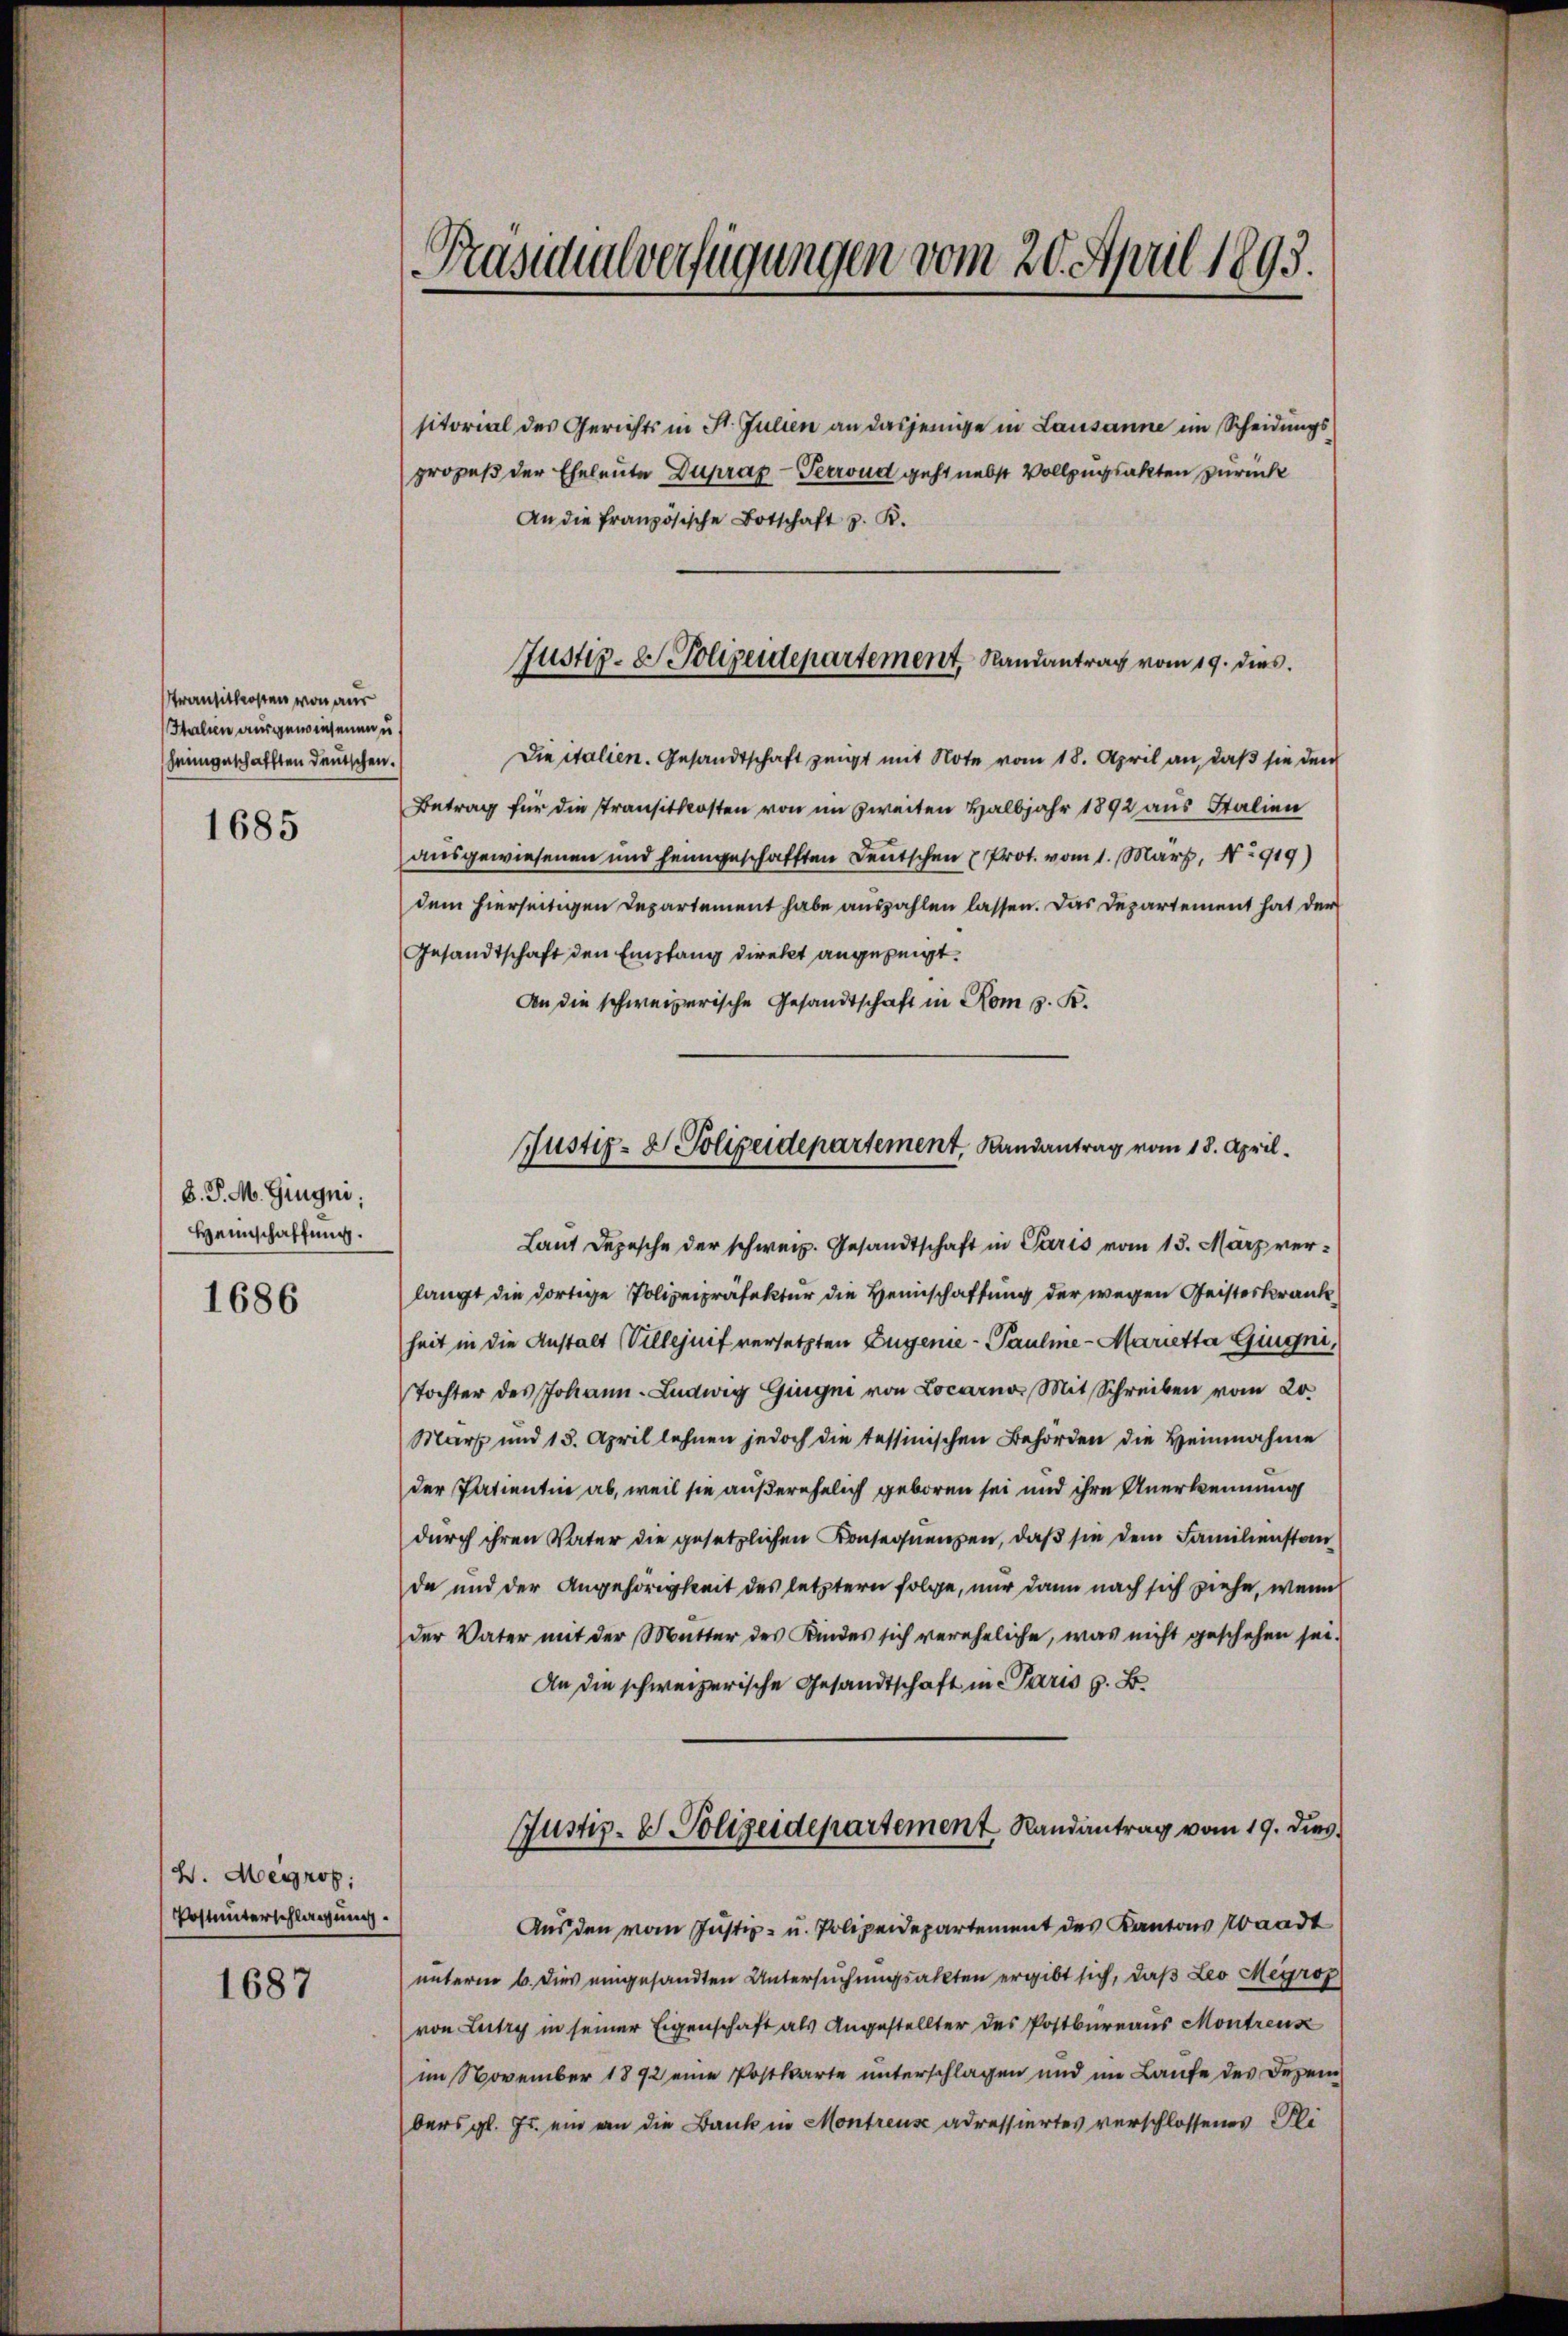
Transitkosten von aus
Italien ausgewiesenen u. s
heimgeschafften Deutschen.
1685

B. P. M. Gingni;
Heimschaffung.

1686

W. Meyros
Postunterschlagung.

1687

Präsidialverfügungen vom 20. April 1893.

Justiz- & Polizeidepartement, Randantrag vom 19. dies

sitorial des Gerichts in St. Julien an dasjenige in Lausanne im Scheidungs
prozeß der Eheleute Dupraz- Perrond geht nebst Vollzugsakten zurück
An die französische Botschaft z. B.
Die italien. Gesandtschaft zeigt mit Note vom 18. April an, daß sie den
Betrag für die transitkosten von im zweiten Halbjahr 1892 aus Italien
ausgewiesenen und heimgeschafften Deutschen Prot. vom 1. März, No 919)
dem hierseitigen Departement habe auszahlen lassen. Das Departement hat der
Gesandtschaft den Empfang direkt angezeigt.
An die schweizerische Gesandtschaft in Rom z. B.

Justiz- & Polizeidepartement, Randantrag vom 18. April.

Laut Depesche der schweiz. Gesandtschaft in Paris vom 13. März verlangt die dortige Polizeipräfektur die Heimschaffung der wegen Geisterkrank
heit in die Anstalt Villejnif versetzten Eugenie - Paulme-Marietta Gingni,
Tochter des Johann Ludwig Gingne von Locarno Mit Schreiben vom 20.
Mart und 15. April lehnen jedoch die tessinischen Behörden die Heinnahme
der Patientin ab, weil sie außerehelich geboren sei und ihre Anerkennung
durch ihren Vater die gesetzlichen Konsequenzen, daß sie dem Familienstanda und der Angehörigkeit des letztern folge, nur dann nach sich ziehe, wenn
der Vater mit der Mutter des Kindes sich vereheliche, was nicht geschehen sei.
An die schweizerische Gesandtschaft in Paris z. B.
Justiz- & Polizeidepartement Randantrag vom 19. dies
Aus den vom Justiz- u. Polizeidepartement des Kantons Waadt
unterm 6. dies eingesandten Untersuchungsakten ergibt sich, daß Leo Meyroz
von Lutry in seiner Eigenschaft als Angestellter des Postbureaus Montrenk
im November 1892 eine Postkarte unterschlagen und im Laufe des Dezembers gl. Fr. ein an die Bank in Montreuse adressiertes verschlossenes Pli